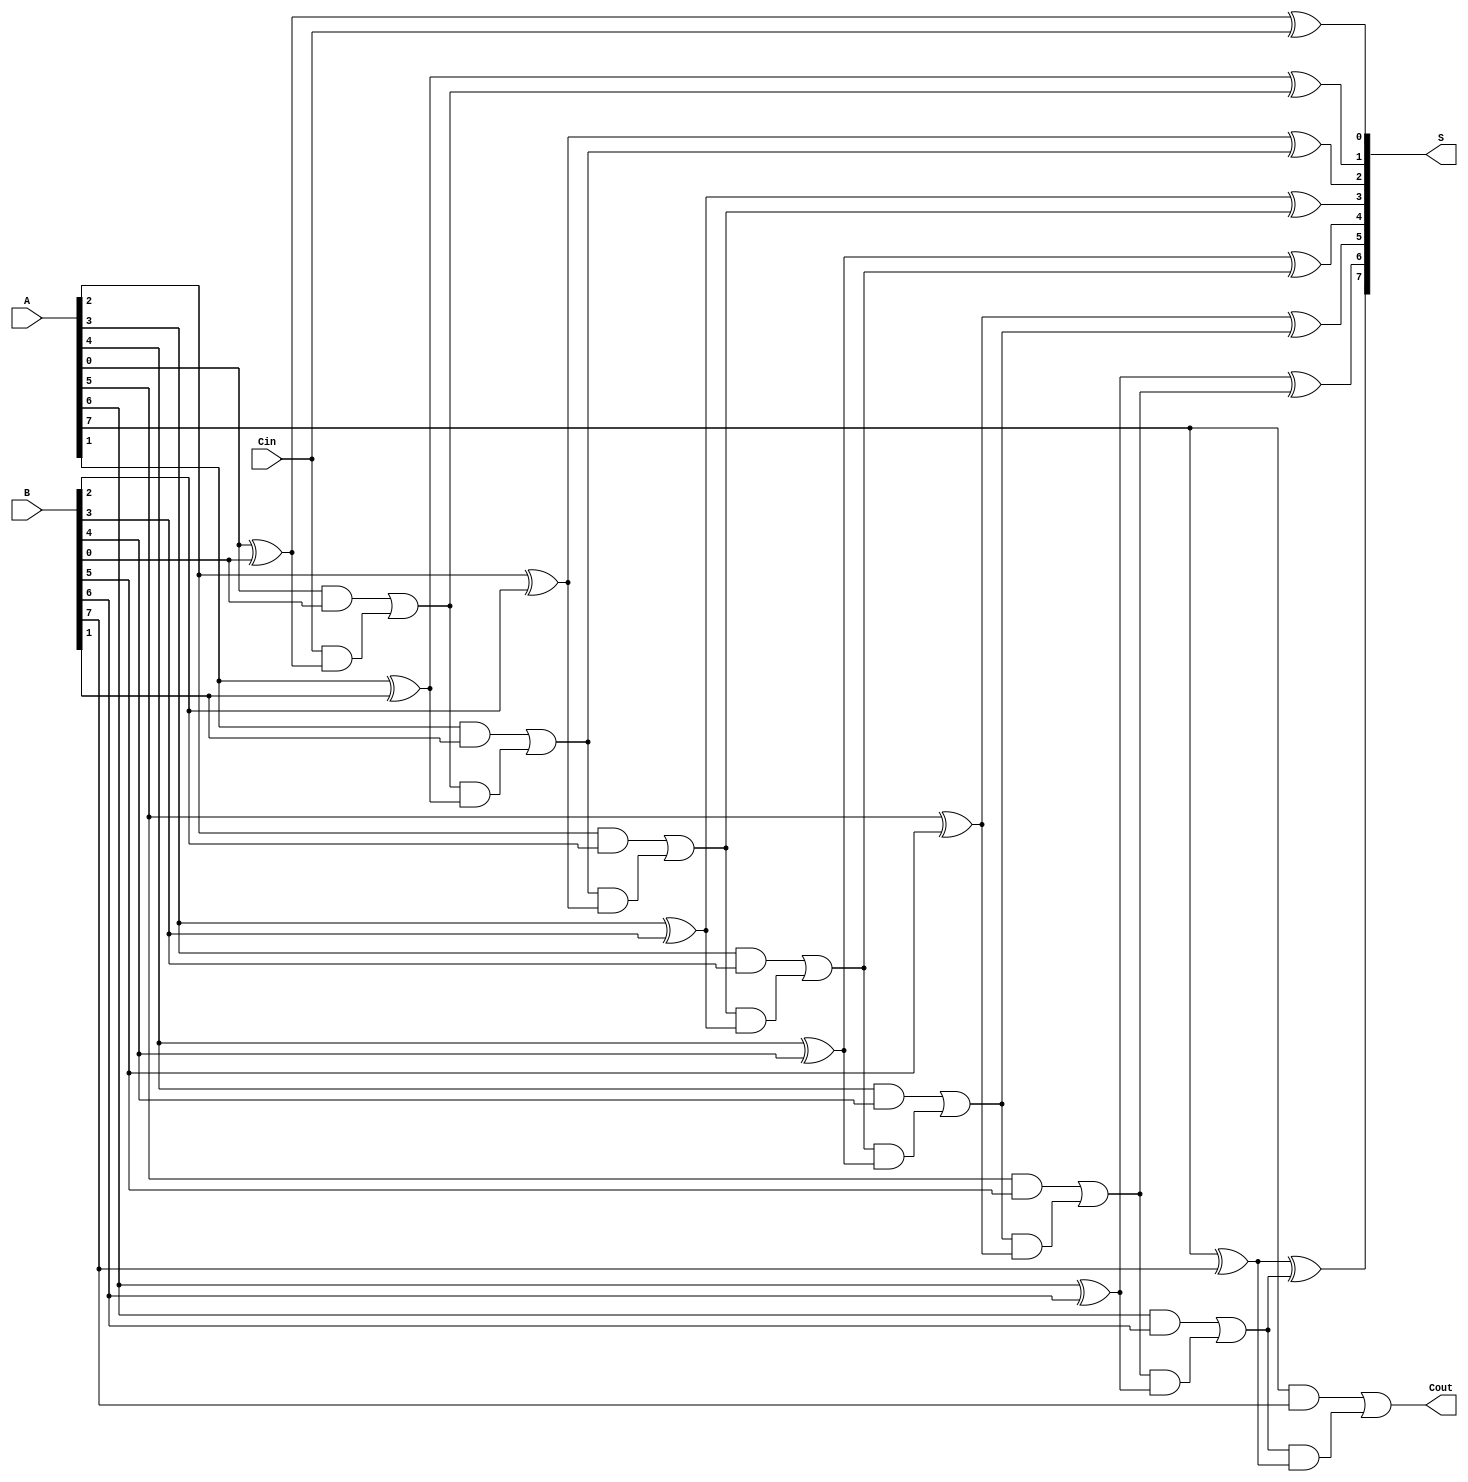
module ManchesterCarryChainAdder #(parameter N = 8) (
    input  wire [N-1:0] A,     // First n-bit input
    input  wire [N-1:0] B,     // Second n-bit input
    input  wire Cin,            // Carry-in
    output wire [N-1:0] S,      // n-bit sum output
    output wire Cout            // Carry-out
);
    wire [N:0] C; // Carry outputs, C[0] is Cin, C[N] is Cout

    assign C[0] = Cin; // Initialize the first carry with Cin

    // Generate carry and sum for each bit position
    genvar i;
    generate
        for (i = 0; i < N; i = i + 1) begin : carry_sum_gen
            // Sum calculation using XOR gates
            assign S[i] = A[i] ^ B[i] ^ C[i]; // S[i] = A[i]  B[i]  C[i]

            // Carry generation using AND and OR gates
            assign C[i + 1] = (A[i] & B[i]) | (C[i] & (A[i] ^ B[i])); // C[i+1] = (A[i] & B[i]) | (C[i] & (A[i]  B[i]))
        end
    endgenerate

    // Final carry-out is the last carry generated
    assign Cout = C[N];

endmodule